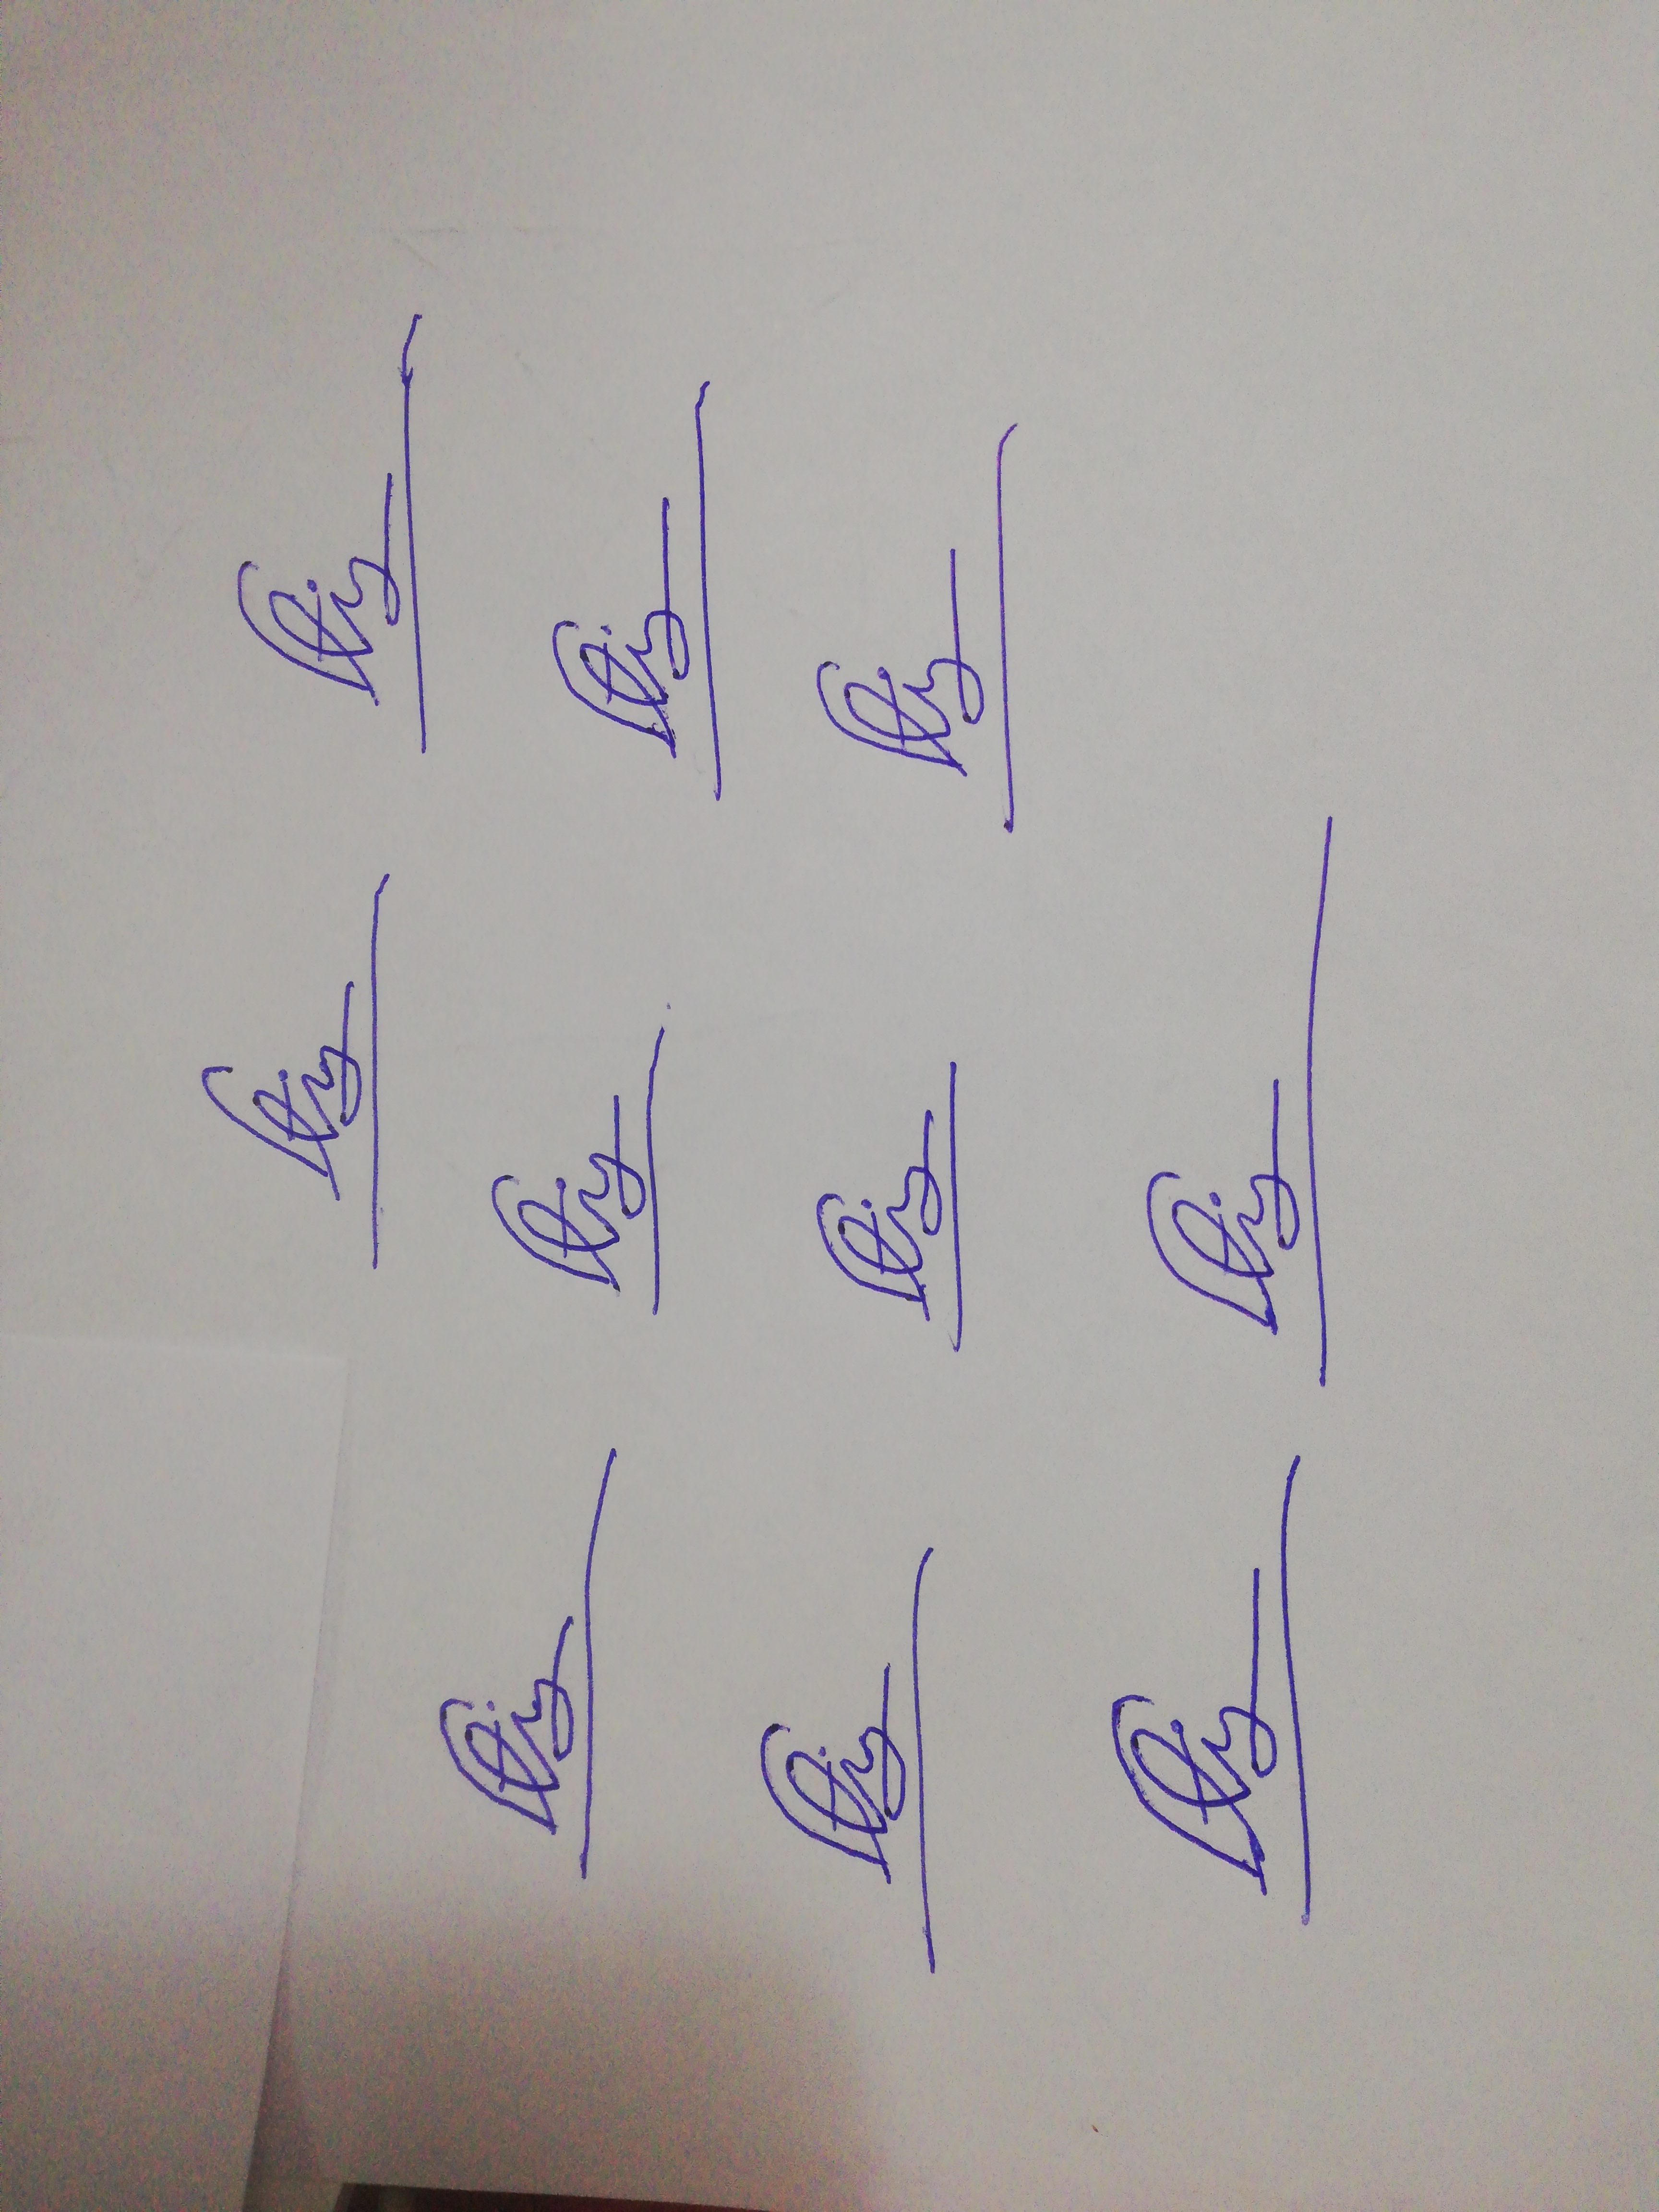
Signature authenticity: forged